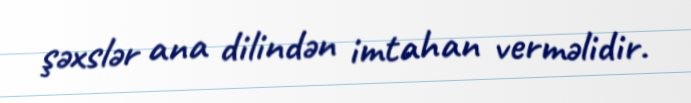
şəxslər ana dilindən imtahan verməlidir.